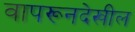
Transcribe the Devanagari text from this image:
वापरूनदेखील